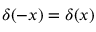
\delta ( - x ) = \delta ( x )